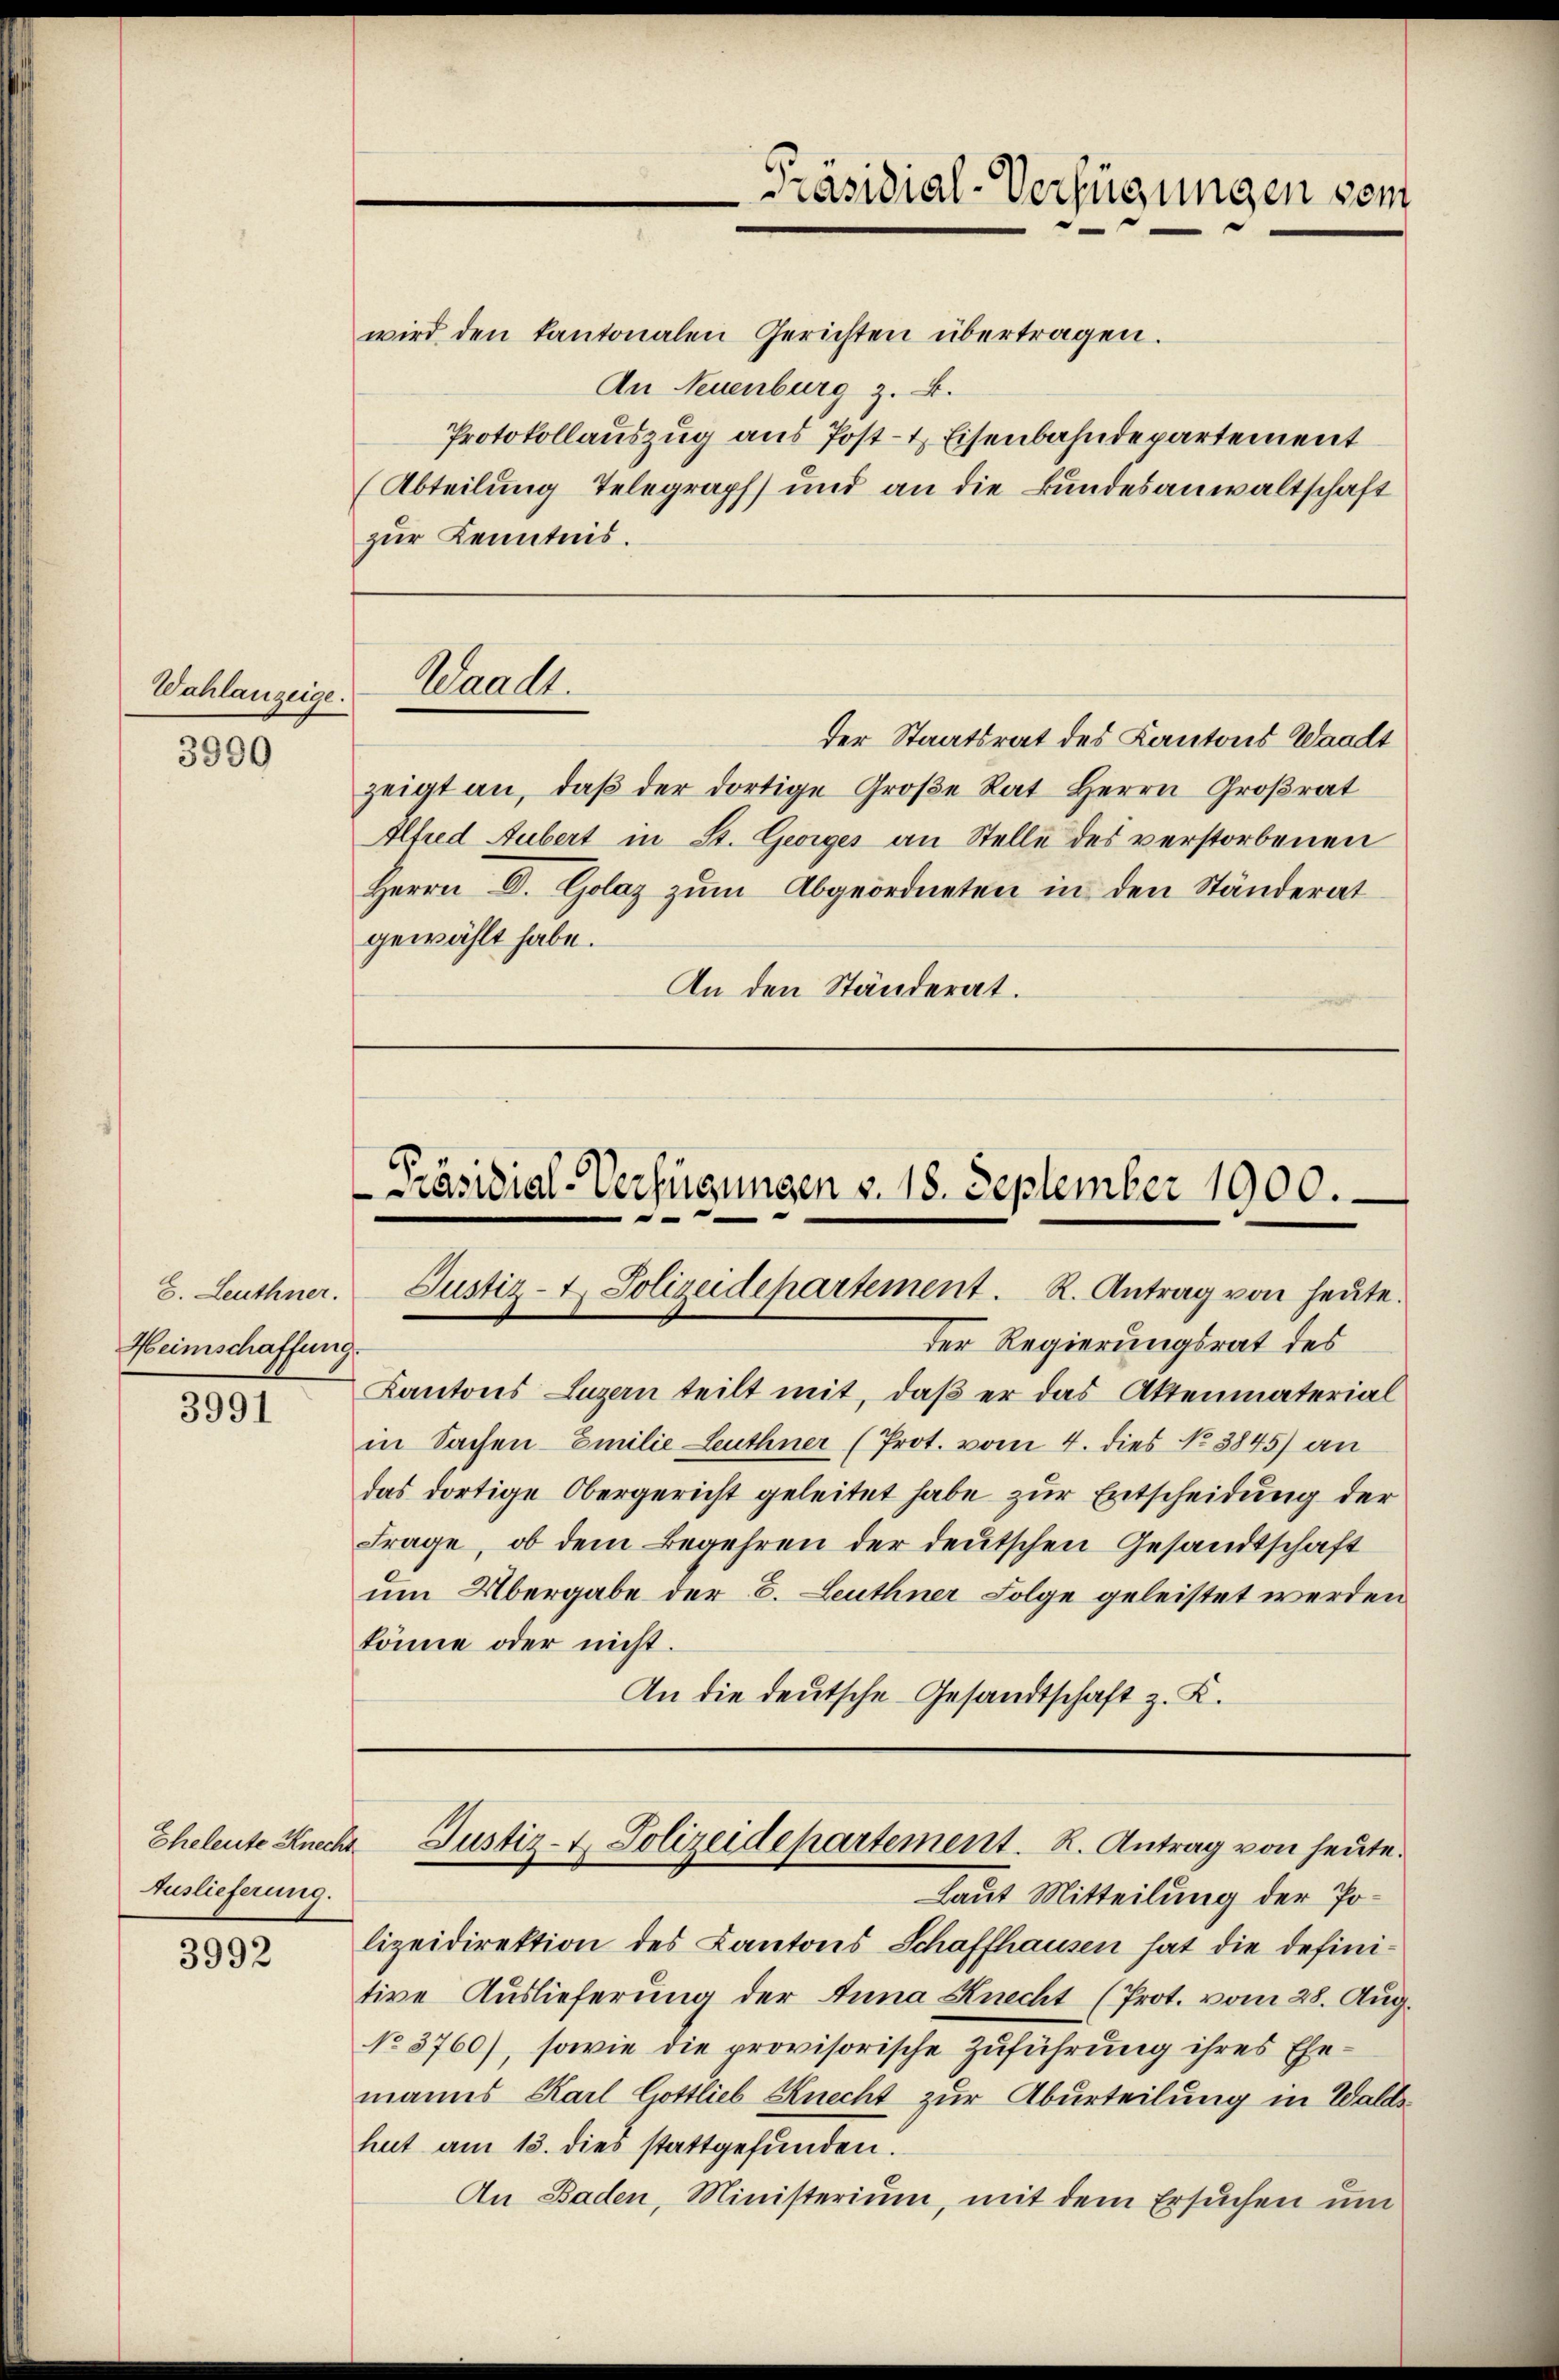
Wahlanzeige.

3990

Heimschaffung.

3991

Eheleute Knecht
Auslieferung.

3992

wird den kantonalen Gerichten übertragen.
An Neuenburg z. B.
Protokollauszug aus Post- & Eisenbahndepartement
(Abteilung Telegraph und an die Bundesanwaltschaft
zŭr Kenntnis.

Waadt.

Präsidial-Verfügungen sent

der Staatsrat des Kantons Waadt
zeigt an, daβ der dortige Große Rat Herrn Großrat
Alfred Hubert in St. Georges an Stelle des verstorbenen
Herrn D. Golaz zum Abgeordneten in den Ständerat
gewählt habe.
An den Ständerat.

Präsidial-Verfügungen v. 18. September 1900.
8. Leuthner. Justiz- & Polizeidepartement. R. Antrag von heŭte.

der Regierungsrat des
Kantons Luzern teilt mit, daβ er das Aktenmaterial
in Sachen- Emilie Leuthner (Prot. vom 4. dies No 3845) an
das dortige Obergericht geleitet habe zur Entscheidung der
Frage, ob dem Begehren der deutschen Gesandtschaft
um Übergabe der S. Leuthner Folge geleistet werden
könne oder nicht.
An die deutsche Gesandtschaft z. K.

Laut Mitteilung der Polizeidirektion des Cantons Schaffhausen hat die definitive Auslieferung der Anna Knecht (Prot. vom 28. Aug.
No 3760), sowie die provisorische Zuführung ihres Ehemanns Karl Gottlieb Knecht zur Aburteilung in Waldshut am 13. dies stattgefunden.
An Baden, Ministerium, mit dem Ersuchen um

Justiz- & Polizeidepartement. R. Antrag von heute.